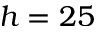
h = 2 5